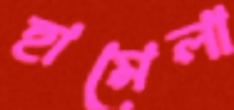
হামেলা